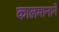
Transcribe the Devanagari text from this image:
कालमानाने